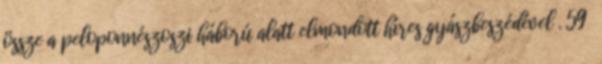
össze a peloponnészoszi háború alatt elmondott híres gyászbeszédével . 59